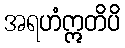
အရဟံဣတိပိ